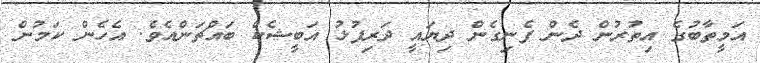
އަމީތާބުގެ އިތުރުން ދެން ފެނިގެން ދިޔައީ ދަރިފުޅު އަބީޝެކް ބައްޗަންއެވެ. އެހެން ކަމުން